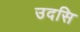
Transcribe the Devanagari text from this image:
उदसि